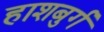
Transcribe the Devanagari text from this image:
हाशबुर्ग